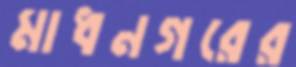
মাধনগরের